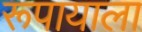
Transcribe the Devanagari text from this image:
रूपायाला